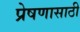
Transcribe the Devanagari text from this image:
प्रेषणासाठी